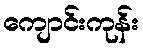
ကျောင်းကုန်း